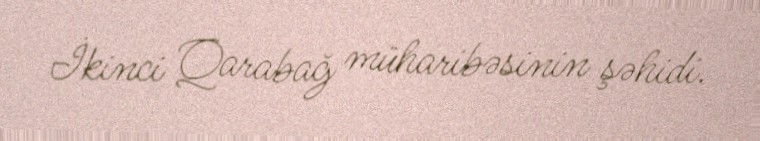
İkinci Qarabağ müharibəsinin şəhidi.